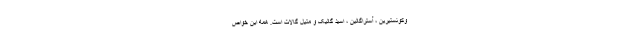
وکوئستیرین ، آستراگالین ، اسید گالیک و متیل گالات است. همه این خواص